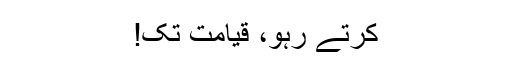
کرتے رہو، قیامت تک!